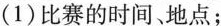
(1)比赛的时间、地点；